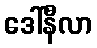
ဒေါ်နီလာ